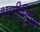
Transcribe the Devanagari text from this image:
भागीनिप्रेम